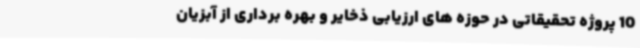
10 پروژه تحقیقاتی در حوزه های ارزیابی ذخایر و بهره برداری از آبزیان